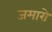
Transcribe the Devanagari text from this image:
जमारो